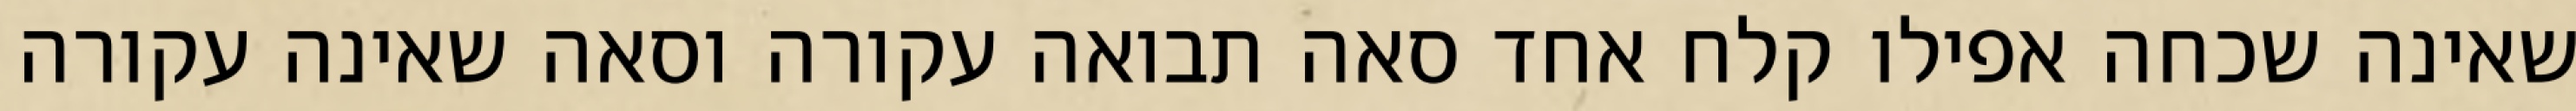
שאינה שכחה אפילו קלח אחד סאה תבואה עקורה וסאה שאינה עקורה